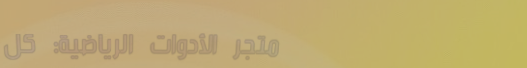
متجر الأدوات الرياضية: كل